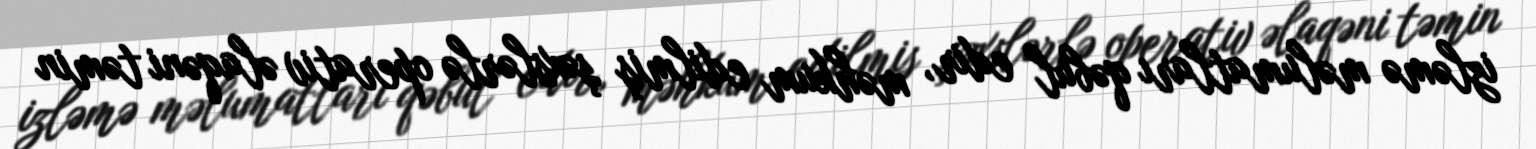
izləmə məlumatları qəbul edir, məhkum edilmiş şəxslərlə operativ əlaqəni təmin